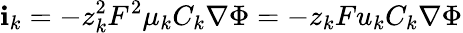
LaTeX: \boldsymbol{\mathbf{i}}_{k}=-z_{k}^{2}F^{2}\mu_{k}C_{k}\nabla\Phi=-z_{k}Fu_{k}C_{k}\nabla\Phi